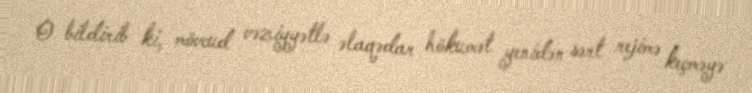
O bildirib ki, mövcud vəziyyətlə əlaqədar hökumət yenidən sərt rejimə keçməyə